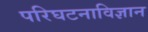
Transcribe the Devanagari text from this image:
परिघटनाविज्ञान